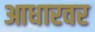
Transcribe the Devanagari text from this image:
आधारवर